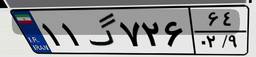
۱۱گ۷۲۶۶۴